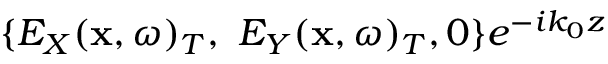
\{ E _ { X } ( { \bf x } , \omega ) _ { T } , ~ E _ { Y } ( { \bf x } , \omega ) _ { T } , 0 \} e ^ { - i k _ { 0 } z }